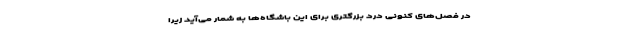
در فصل‌های کنونی درد بزرگتری برای این باشگاه‌ها به شمار می‌آید زیرا